Civil Veterinary Department Bengal reports 1933-51 - 1933-1951
Year: 1933
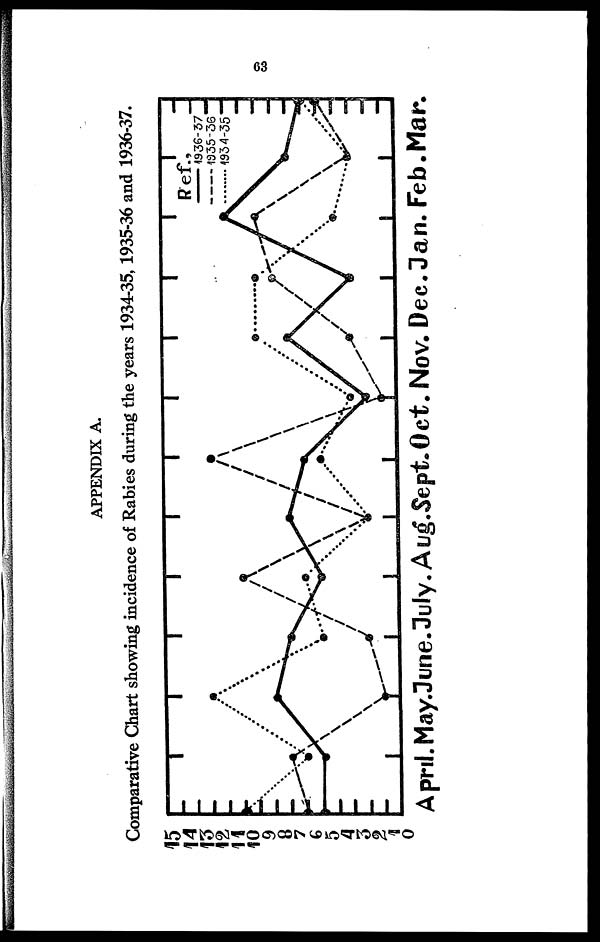
63
APPENDIX A.
Comparative Chart showing incidence of Rabies during the years 1934-35, 1935-36 and 1936-37.